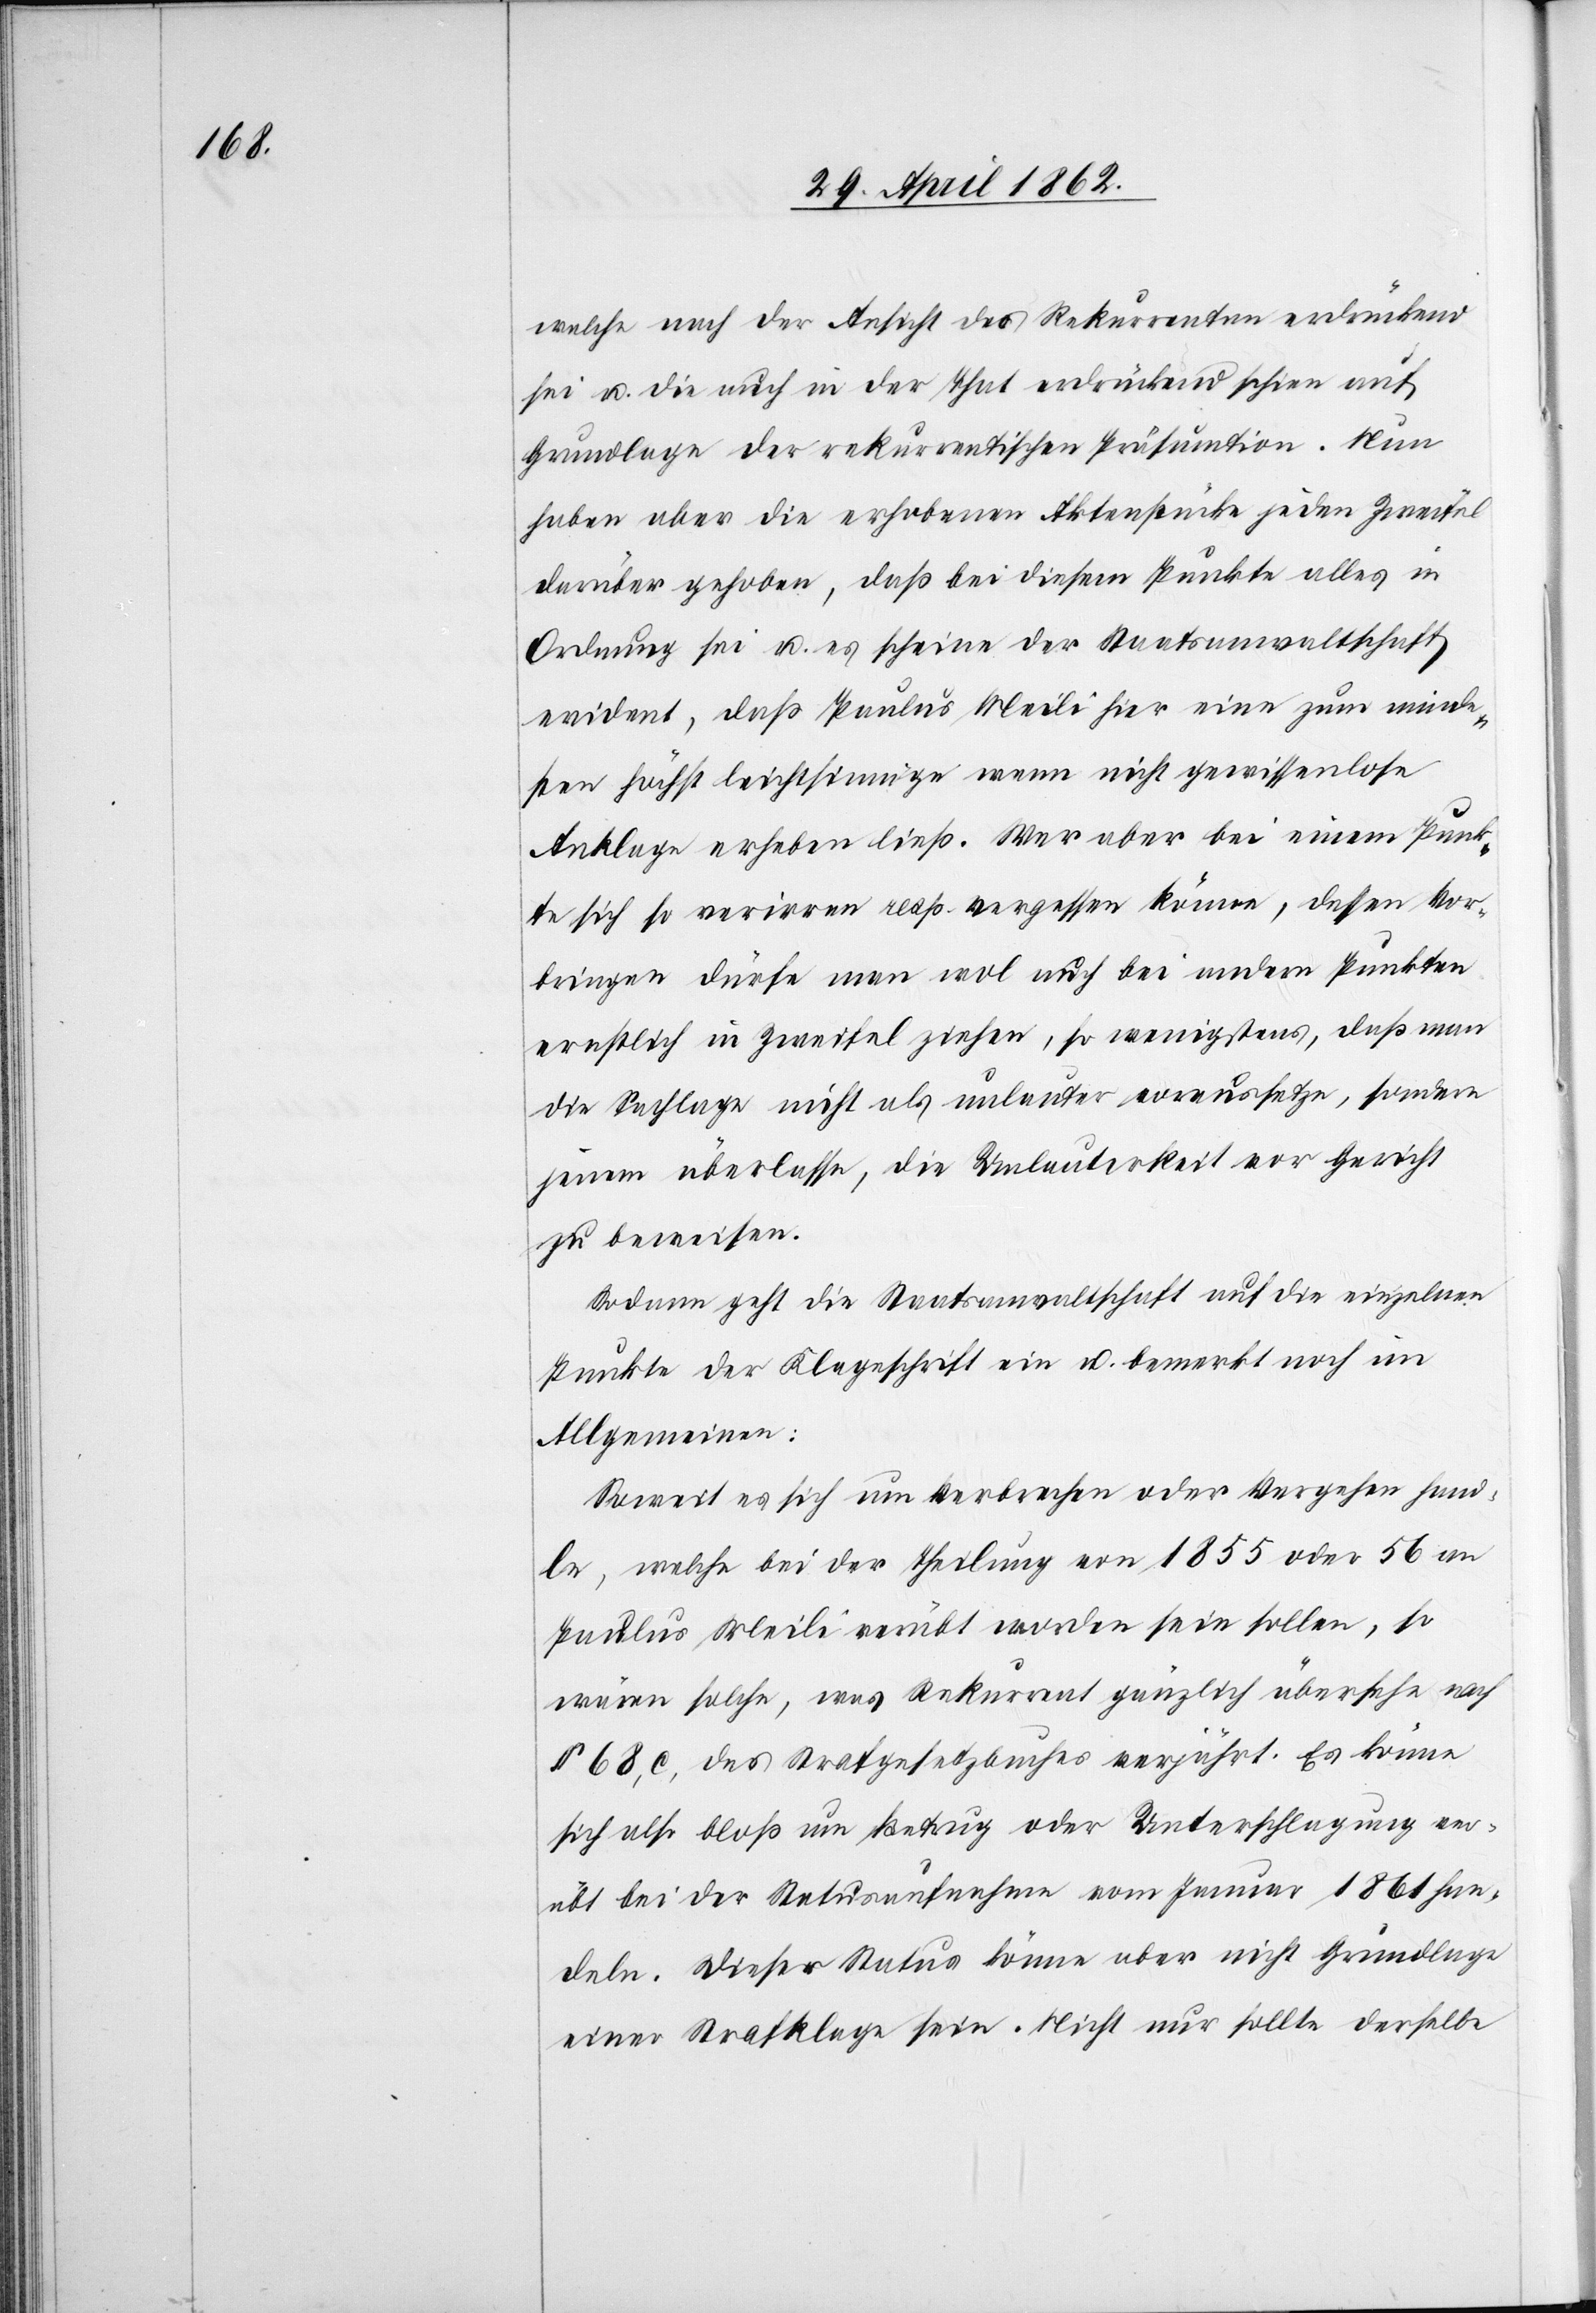
welche nach der Ansicht des Rekurrenten erdrückend
sei u. die auch in der That erdrückend schien auf
Grundlage der rekurrentischen Präsunktion. Nun
haben aber die erhobenen Aktenstücke jeden Zweifel
darüber gehoben, daß bei diesem Punkte alles in
Ordnung sei u. es scheine der Staatsanwaltschaft
evident, daß Paulus Meili nicht gewissenlose An¬
klage erheben ließ. Wer aber bei einem Punk¬
te sich so verirren resp. vergessen könne, dessen Vor¬
bringen dürfe man wol auch bei andern Punkten
ernstlich in Zweifel ziehen, so wenigstens, daß man
die Sachlage nicht als unlauter voraussetze, sondern
jedem überlasse, die Unlauterkeit vor Gericht
zu beweisen.
Sodann geht die Staatsanwaltschaft auf die einzelnen
Punkte der Klageschrift ein u. bemerkt noch im
Allgemeinen:
Soweit es sich um Verbrechen oder Vergehen hand¬
le, welche bei der Theilung von 1855 oder 56 an
Paulus Meili verübt worden sein sollen, so
wären solche, was Rekurrent gänzlich übersehe nach
§ 68. c. des Strafgesetzbuches verjährt. Es könne
sich also bloß um Betrug oder Unterschlagung ver¬
übt bei der Statusaufnahme vom Januar 1861 han¬
deln. Dieser Status könne aber nicht Grundlage
einer Strafklage sein. Nicht nur sollte derselbe